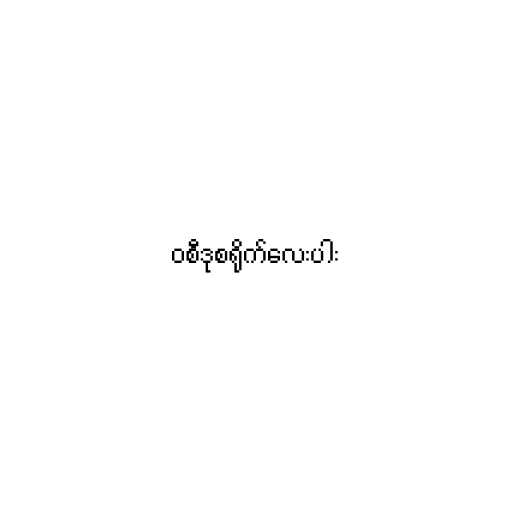
၀စီဒုစရိုက်လေးပါး